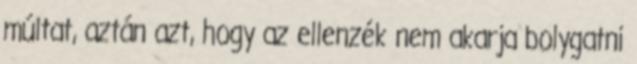
múltat, aztán azt, hogy az ellenzék nem akarja bolygatni